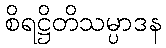
စိရဋ္ဌိတိသမ္ပာဒန